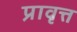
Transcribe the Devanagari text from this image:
प्रावृत्त